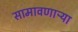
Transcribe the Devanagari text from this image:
सामावणाऱ्या